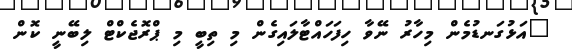
"އަޅުގަނޑުމެން މިހާރު ނޭވާ ހިފަހައްޓާލައިގެން މި ތިބީ މި ޕްރޮޖެކްޓް ލިބޭނީ ކޮން